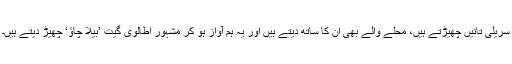
سریلی تانیں چھیڑتے ہیں، محلے والے بھی ان کا ساتھ دیتے ہیں اور یہ ہم آواز ہو کر مشہور اطالوی گیت ’بیلا چاؤ‘ چھیڑ دیتے ہیں۔